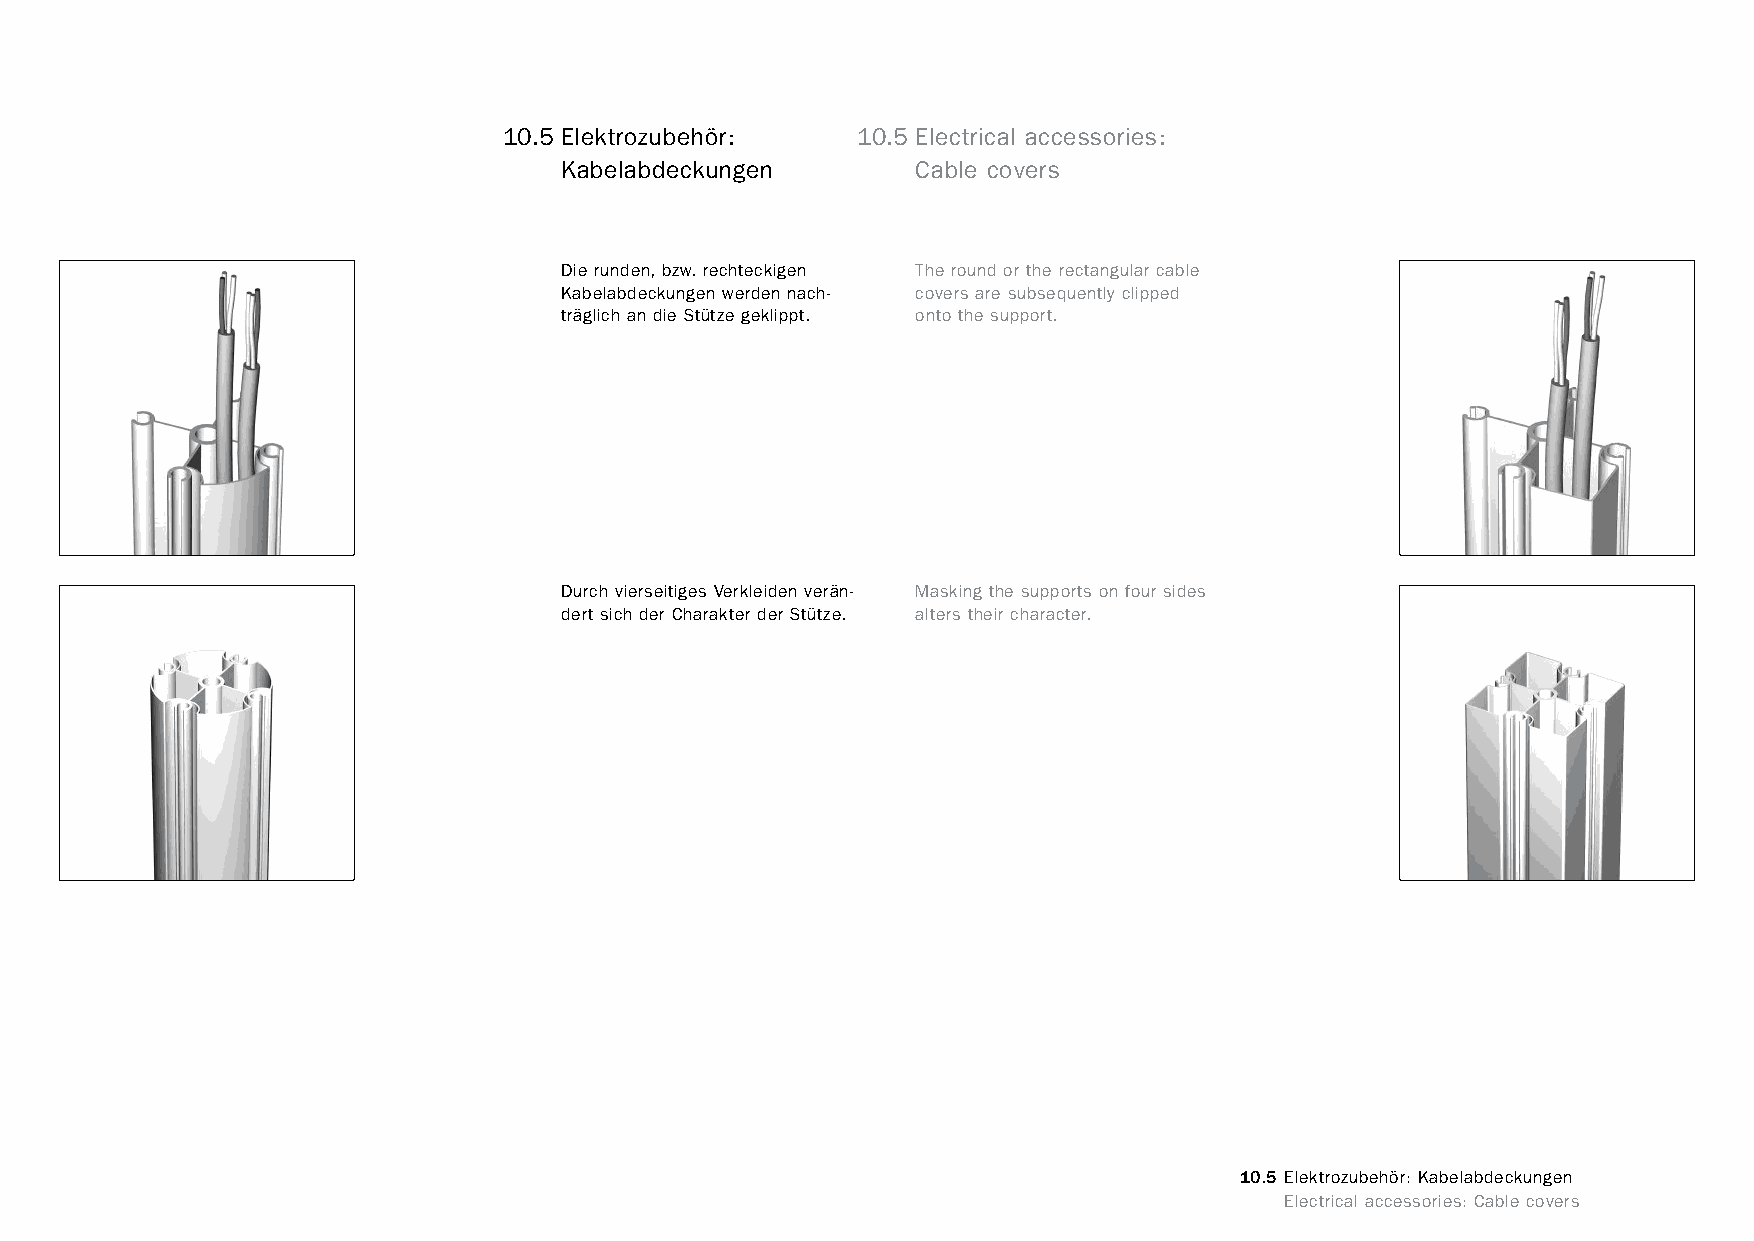
constructivpila petite       10.5 Elektrozubehör:    10.5 Electrical accessories:
 Kabelabdeckungen        Cable covers
 Die runden, bzw. rechteckigen The round or the rectangular cable
 Kabelabdeckungen werden nach- covers are subsequently clipped
 träglich an die Stütze geklippt. onto the support.
 Durch vierseitiges Verkleiden verän- Masking the supports on four sides
 dert sich der Charakter der Stütze. alters their character.
 10.5 Elektrozubehör: Kabelabdeckungen
 www.burkhardtleitner.de                                                          Electrical accessories: Cable covers